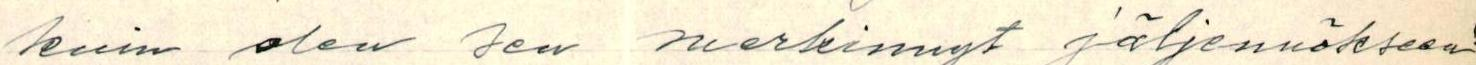
kuin olen sen merkinnyt jäljennökseen